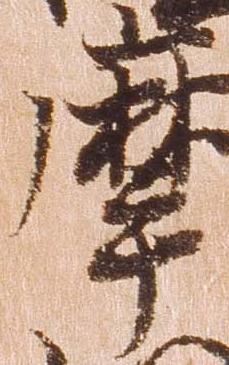
摩